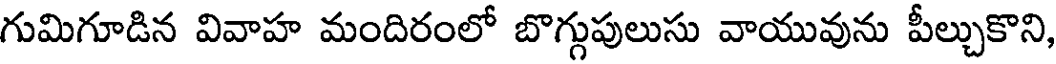
గుమిగూడిన వివాహ మందిరంలో బొగ్గుపులుసు వాయువును పీల్చుకొని,